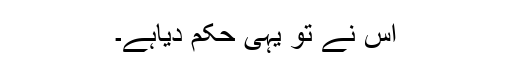
اس نے تو یہی حکم دیاہے۔